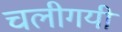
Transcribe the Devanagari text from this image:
चलीगयी